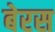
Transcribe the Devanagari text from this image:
बेरस